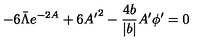
- 6 \bar { \Lambda } e ^ { - 2 A } + 6 { A ^ { \prime } } ^ { 2 } - \frac { 4 b } { | b | } A ^ { \prime } \phi ^ { \prime } = 0